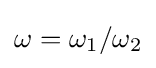
\omega =\omega _{1}/\omega _{2}